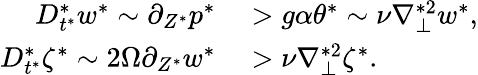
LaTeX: \begin{array}{rl}{D_{t^{*}}^{*}w^{*}\sim\partial_{Z^{*}}p^{*}}&{{}>g\alpha\theta^{*}\sim\nu\nabla_{\perp}^{*2}w^{*},}\\ {D_{t^{*}}^{*}\zeta^{*}\sim 2\Omega\partial_{Z^{*}}w^{*}}&{{}>\nu\nabla_{\perp}^{*2}\zeta^{*}.}\end{array}